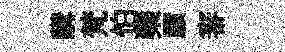
購梵怕藥願審